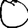
Digit: 0